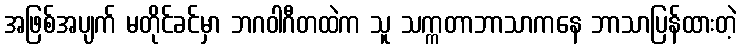
အဖြစ်အပျက် မတိုင်ခင်မှာ ဘဂဝါဂီတထဲက သူ သက္ကတာဘာသာကနေ ဘာသာပြန်ထားတဲ့